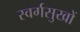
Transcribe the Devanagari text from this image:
स्वर्गसुखों